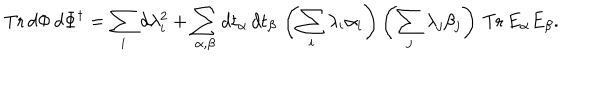
\mathrm { T r } \, d \Phi \, d \Phi ^ { \dagger } = \sum _ { i } d \lambda _ { i } ^ { 2 } + \sum _ { \alpha , \beta } d t _ { \alpha } \, d t _ { \beta } \, \left( \sum _ { i } \lambda _ { i } \alpha _ { i } \right) \left( \sum _ { j } \lambda _ { j } \beta _ { j } \right) \, \mathrm { T r } \, E _ { \alpha } E _ { \beta } .